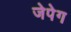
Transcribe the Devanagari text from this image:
जेपेग